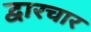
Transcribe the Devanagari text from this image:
द्वारचार